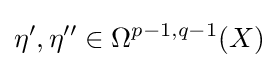
\eta ',\eta ''\in \Omega ^{p-1,q-1}(X)